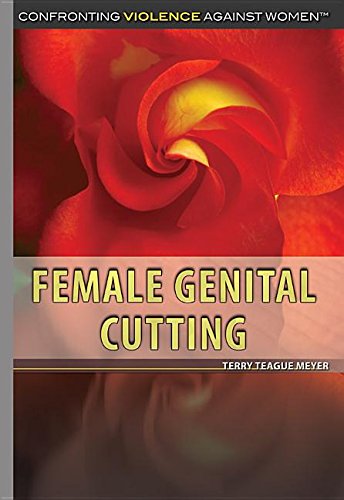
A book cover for Female Genital Cutting (Confronting Violence Against Women); Terry Teague Meyer; Teen & Young Adult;